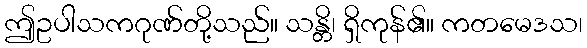
ဤဥပါသကဂုဏ်တို့သည်။ သန္တိ၊ ရှိကုန်၏။ ကတမေဒသ၊